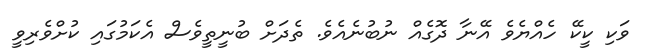
ވަކި ކީކޭ ހެއްޔެވެ އޭނާ ދޮގެއް ނުބުނެއެވެ. ތެދަށް ބުނީތީވެސް އެކަމުގައި ކުށްވެރިވީ